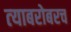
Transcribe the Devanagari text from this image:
त्‍याबरोबरच